Annual report on the working of the lock hospitals in the North-Western Provinces and Oudh
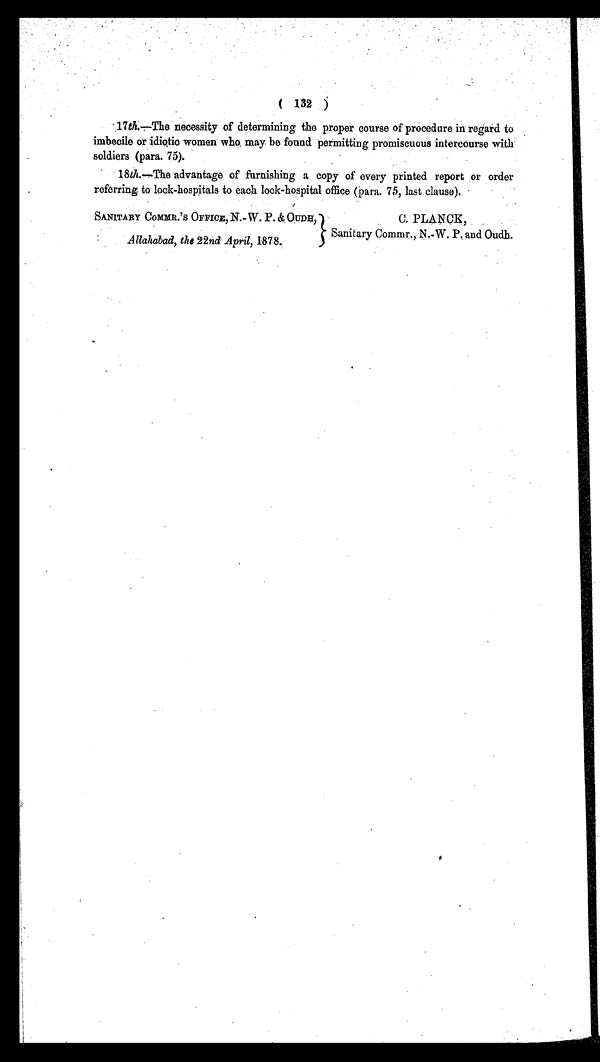
(132)
17th.—The necessity of determining the proper course of procedure in regard to
imbecile or idiotic women who may be found permitting promiscuous intercourse with
soldiers (para. 75).
18th.—The advantage of furnishing a copy of every printed report or order
referring to lock-hospitals to each lock-hospital office (para. 75, last clause).
SANITARY COMMR.'S OFFICE, N.- W. P. & OUDH,
Allahabad, the 22nd April, 1878.
C. PLANCK,
Sanitary Commr, N.-W. P. and Oudh.